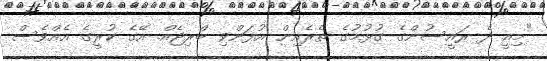
"މިއީ ދެ ރައީސުންގެ ގުޅުމުގެ ތެރެއިން އުފަންވި ބްރިޖެއް. އޭގެ ކުރީގެ އެއްވެސް